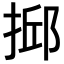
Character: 𢮼